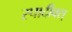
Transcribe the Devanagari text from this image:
स्पादीक्स्